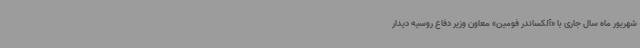
شهریور ماه سال جاری با «آلکساندر فومین» معاون وزیر دفاع روسیه دیدار